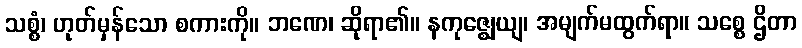
သစ္စံ၊ ဟုတ်မှန်သော စကားကို။ ဘဏေ၊ ဆိုရာ၏။ နကုဇ္ဈေယျ၊ အမျက်မထွက်ရာ။ သစ္စေ ဌိတာ